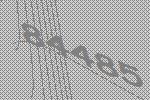
84485